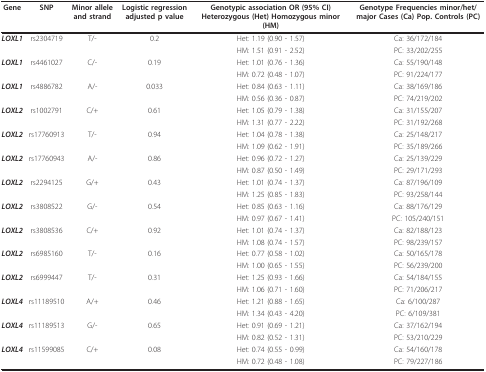
<table><thead><tr><td><b>Gene</b></td><td><b>SNP</b></td><td><b>Minor allele and strand</b></td><td><b>Logistic regression adjusted p value</b></td><td><b>Genotypic association OR (95% CI) Heterozygous (Het) Homozygous minor (HM)</b></td><td><b>Genotype Frequencies minor/het/major Cases (Ca) Pop. Controls (PC)</b></td></tr></thead><tbody><tr><td><i><b>LOXL1</b></i></td><td>rs2304719</td><td>T/-</td><td>0.2</td><td>Het: 1.19 (0.90 - 1.57)</td><td>Ca: 36/172/184</td></tr><tr><td></td><td></td><td></td><td></td><td>HM: 1.51 (0.91 - 2.52)</td><td>PC: 33/202/255</td></tr><tr><td><i><b>LOXL1</b></i></td><td>rs4461027</td><td>C/-</td><td>0.19</td><td>Het: 1.01 (0.76 - 1.36)</td><td>Ca: 55/190/148</td></tr><tr><td></td><td></td><td></td><td></td><td>HM: 0.72 (0.48 - 1.07)</td><td>PC: 91/224/177</td></tr><tr><td><i><b>LOXL1</b></i></td><td>rs4886782</td><td>A/-</td><td>0.033</td><td>Het: 0.84 (0.63 - 1.11)</td><td>Ca: 38/169/186</td></tr><tr><td></td><td></td><td></td><td></td><td>HM: 0.56 (0.36 - 0.87)</td><td>PC: 74/219/202</td></tr><tr><td><i><b>LOXL2</b></i></td><td>rs1002791</td><td>C/+</td><td>0.61</td><td>Het: 1.05 (0.79 - 1.38)</td><td>Ca: 31/155/207</td></tr><tr><td></td><td></td><td></td><td></td><td>HM: 1.31 (0.77 - 2.22)</td><td>PC: 31/192/268</td></tr><tr><td><i><b>LOXL2</b></i></td><td>rs17760913</td><td>T/-</td><td>0.94</td><td>Het: 1.04 (0.78 - 1.38)</td><td>Ca: 25/148/217</td></tr><tr><td></td><td></td><td></td><td></td><td>HM: 1.09 (0.62 - 1.91)</td><td>PC: 35/189/266</td></tr><tr><td><i><b>LOXL2</b></i></td><td>rs17760943</td><td>A/-</td><td>0.86</td><td>Het: 0.96 (0.72 - 1.27)</td><td>Ca: 25/139/229</td></tr><tr><td></td><td></td><td></td><td></td><td>HM: 0.87 (0.50 - 1.49)</td><td>PC: 29/171/293</td></tr><tr><td><i><b>LOXL2</b></i></td><td>rs2294125</td><td>G/+</td><td>0.43</td><td>Het: 1.01 (0.74 - 1.37)</td><td>Ca: 87/196/109</td></tr><tr><td></td><td></td><td></td><td></td><td>HM: 1.25 (0.85 - 1.83)</td><td>PC: 93/258/144</td></tr><tr><td><i><b>LOXL2</b></i></td><td>rs3808522</td><td>G/-</td><td>0.54</td><td>Het: 0.85 (0.63 - 1.16)</td><td>Ca: 88/176/129</td></tr><tr><td></td><td></td><td></td><td></td><td>HM: 0.97 (0.67 - 1.41)</td><td>PC: 105/240/151</td></tr><tr><td><i><b>LOXL2</b></i></td><td>rs3808536</td><td>C/+</td><td>0.92</td><td>Het: 1.01 (0.74 - 1.37)</td><td>Ca: 82/188/123</td></tr><tr><td></td><td></td><td></td><td></td><td>HM: 1.08 (0.74 - 1.57)</td><td>PC: 98/239/157</td></tr><tr><td><i><b>LOXL2</b></i></td><td>rs6985160</td><td>T/-</td><td>0.16</td><td>Het: 0.77 (0.58 - 1.02)</td><td>Ca: 50/165/178</td></tr><tr><td></td><td></td><td></td><td></td><td>HM: 1.00 (0.65 - 1.55)</td><td>PC: 56/239/200</td></tr><tr><td><i><b>LOXL2</b></i></td><td>rs6999447</td><td>T/-</td><td>0.31</td><td>Het: 1.25 (0.93 - 1.66)</td><td>Ca: 54/184/155</td></tr><tr><td></td><td></td><td></td><td></td><td>HM: 1.06 (0.71 - 1.60)</td><td>PC: 71/206/217</td></tr><tr><td><i><b>LOXL4</b></i></td><td>rs11189510</td><td>A/+</td><td>0.46</td><td>Het: 1.21 (0.88 - 1.65)</td><td>Ca: 6/100/287</td></tr><tr><td></td><td></td><td></td><td></td><td>HM: 1.34 (0.43 - 4.20)</td><td>PC: 6/109/381</td></tr><tr><td><i><b>LOXL4</b></i></td><td>rs11189513</td><td>G/-</td><td>0.65</td><td>Het: 0.91 (0.69 - 1.21)</td><td>Ca: 37/162/194</td></tr><tr><td></td><td></td><td></td><td></td><td>HM: 0.82 (0.52 - 1.31)</td><td>PC: 53/210/229</td></tr><tr><td><i><b>LOXL4</b></i></td><td>rs11599085</td><td>C/+</td><td>0.08</td><td>Het: 0.74 (0.55 - 0.99)</td><td>Ca: 54/160/178</td></tr><tr><td></td><td></td><td></td><td></td><td>HM: 0.72 (0.48 - 1.08)</td><td>PC: 79/227/186</td></tr></tbody></table>